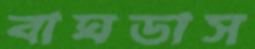
বাঘডাস